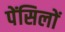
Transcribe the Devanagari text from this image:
पेंसिलों